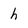
Character: h